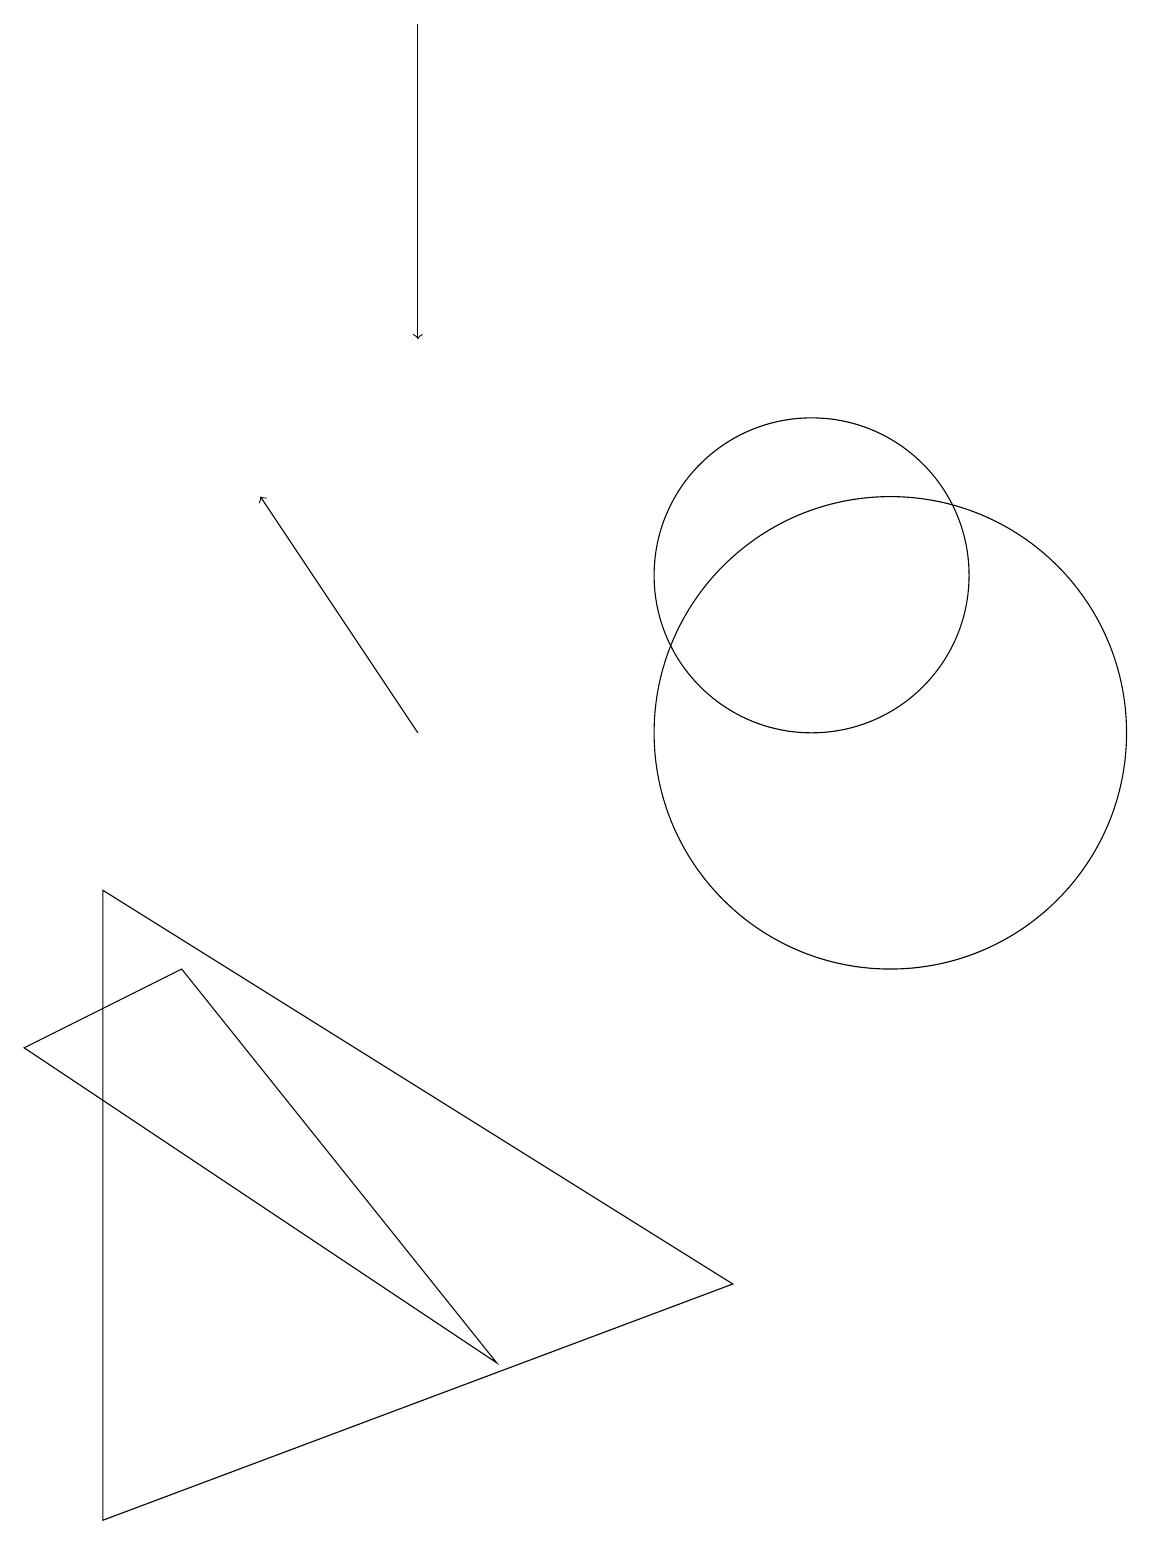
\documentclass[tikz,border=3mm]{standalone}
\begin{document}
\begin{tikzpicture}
\draw (0,6) -- (6,2) -- (2,7) -- cycle;
\draw (11,10) circle (3);
\draw[->] (5,10) -- (3,13);
\draw[->] (5,19) -- (5,15);
\draw (1,8) -- (1,0) -- (9,3) -- cycle;
\draw (10,12) circle (2);
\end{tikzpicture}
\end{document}